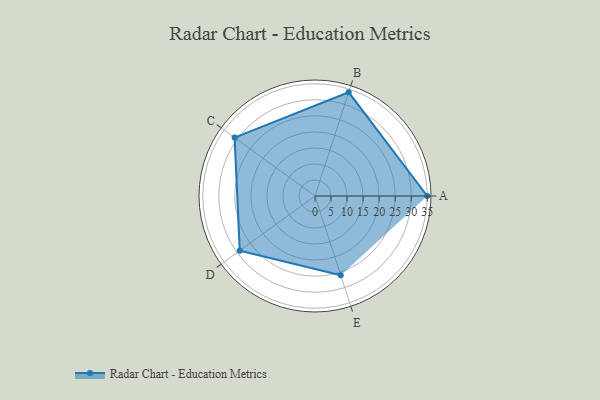
{"axis": {"x": "Skill", "y": "Score"}, "legend": ["Profile"], "data": [{"x": "A", "y": 35.0, "type": "Profile"}, {"x": "B", "y": 34.0, "type": "Profile"}, {"x": "C", "y": 31.0, "type": "Profile"}, {"x": "D", "y": 29.0, "type": "Profile"}, {"x": "E", "y": 26.0, "type": "Profile"}]}